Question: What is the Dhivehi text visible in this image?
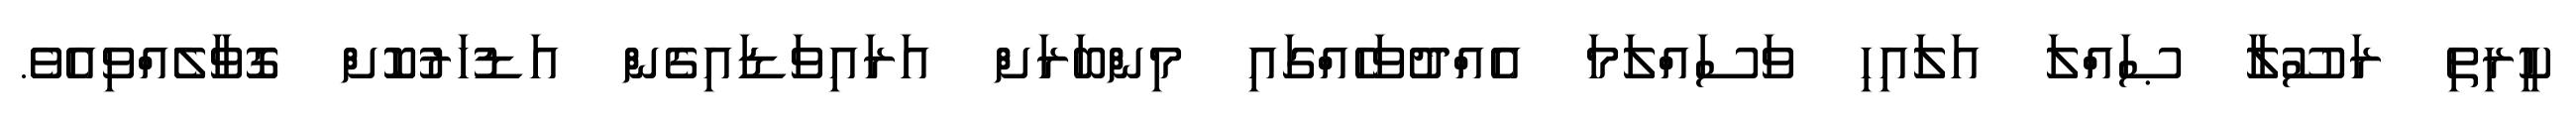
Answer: ކީރިތި ރަސޫލާ ޞައްލަ އަލައިހި ވަސައްލަމަ އެއްދުވަހެއްގައި މިންބަރަށް އަރައިވަޑައިގެން އަޑުހަރުކޮށް ގޮވާލެއްވިއެވެ.